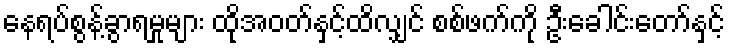
နေရပ်စွန့်ခွာရမှုများ ထိုအဝတ်နှင့်ထိလျှင် စစ်ဖက်ကို ဦးခေါင်းတော်နှင့်